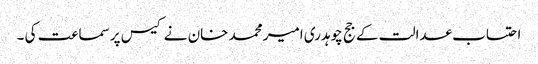
احتساب عدالت کے جج چوہدری امیر محمد خان نے کیس پر سماعت کی ۔